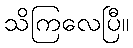
သိကြလေပြီ။